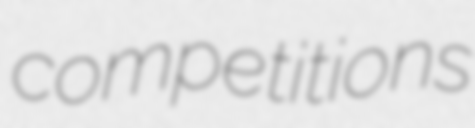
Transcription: competitions